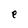
Character: e